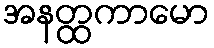
အနတ္ထကာမော